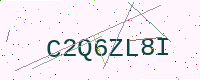
Text: C2Q6ZL8I